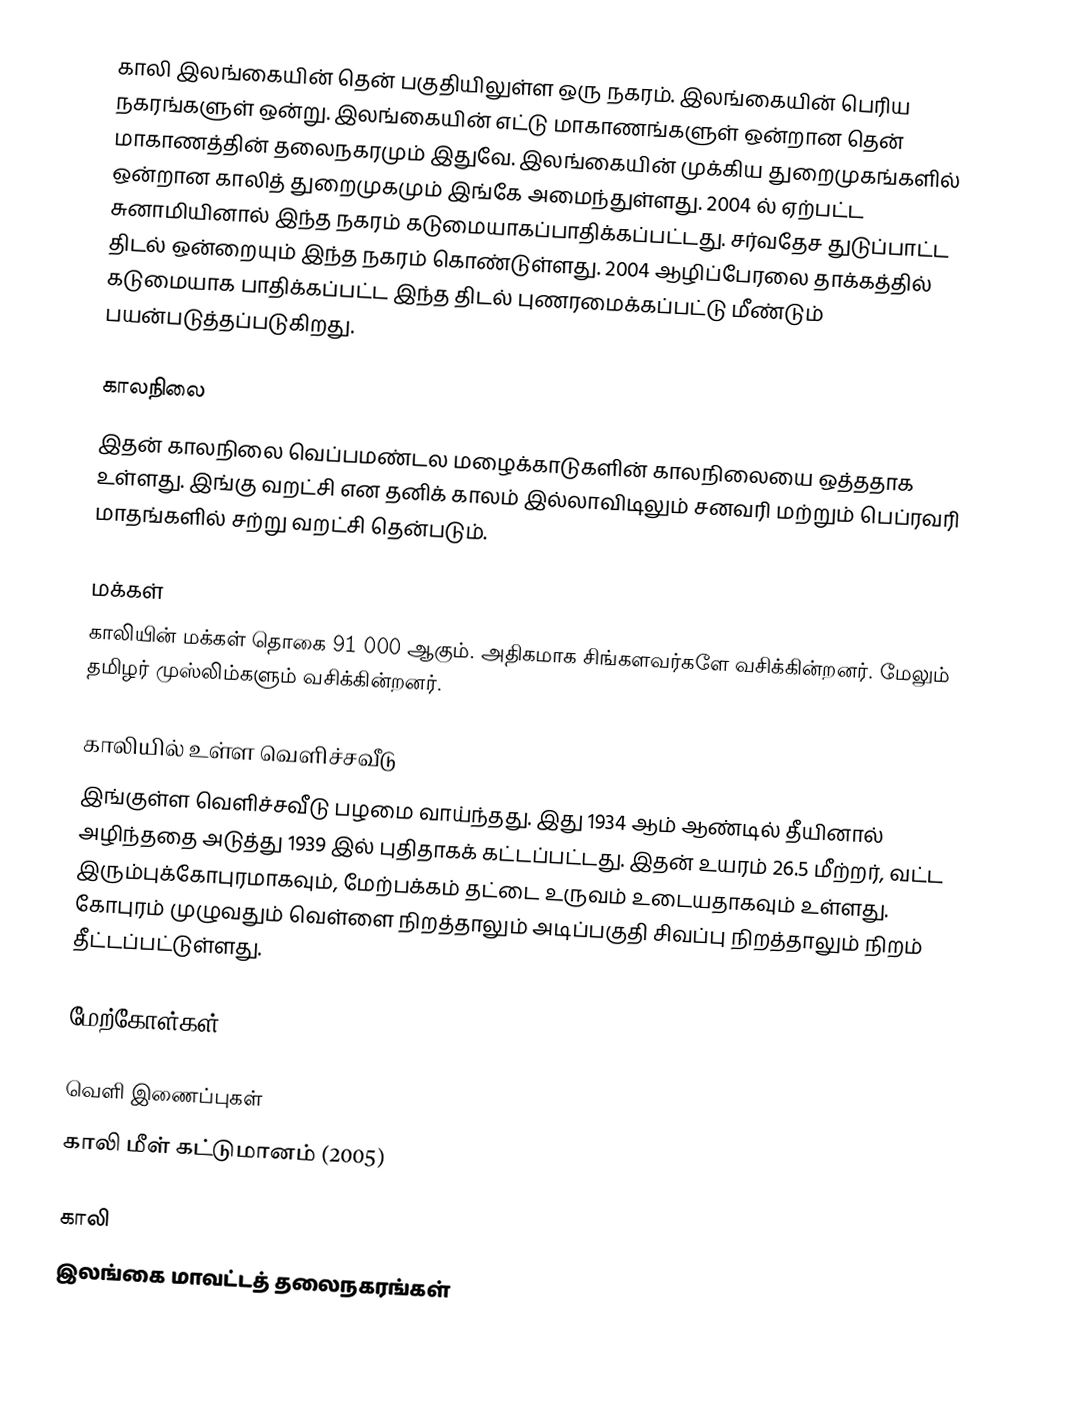
காலி இலங்கையின் தென் பகுதியிலுள்ள ஒரு நகரம். இலங்கையின் பெரிய நகரங்களுள் ஒன்று. இலங்கையின் எட்டு மாகாணங்களுள் ஒன்றான தென் மாகாணத்தின் தலைநகரமும் இதுவே. இலங்கையின் முக்கிய துறைமுகங்களில் ஒன்றான காலித் துறைமுகமும் இங்கே அமைந்துள்ளது. 2004 ல் ஏற்பட்ட சுனாமியினால் இந்த நகரம் கடுமையாகப்பாதிக்கப்பட்டது. சர்வதேச துடுப்பாட்ட திடல் ஒன்றையும் இந்த நகரம் கொண்டுள்ளது. 2004 ஆழிப்பேரலை தாக்கத்தில் கடுமையாக பாதிக்கப்பட்ட இந்த திடல் புணரமைக்கப்பட்டு மீண்டும் பயன்படுத்தப்படுகிறது.

காலநிலை
இதன் காலநிலை வெப்பமண்டல மழைக்காடுகளின் காலநிலையை ஒத்ததாக உள்ளது. இங்கு வறட்சி என தனிக் காலம் இல்லாவிடிலும் சனவரி மற்றும் பெப்ரவரி மாதங்களில் சற்று வறட்சி தென்படும்.

மக்கள்
காலியின் மக்கள் தொகை  91 000 ஆகும். அதிகமாக சிங்களவர்களே வசிக்கின்றனர். மேலும் தமிழர் முஸ்லிம்களும் வசிக்கின்றனர்.

காலியில் உள்ள வெளிச்சவீடு
இங்குள்ள வெளிச்சவீடு பழமை வாய்ந்தது. இது 1934 ஆம் ஆண்டில் தீயினால் அழிந்ததை அடுத்து 1939 இல் புதிதாகக் கட்டப்பட்டது. இதன் உயரம் 26.5 மீற்றர், வட்ட இரும்புக்கோபுரமாகவும், மேற்பக்கம் தட்டை உருவம் உடையதாகவும் உள்ளது. கோபுரம் முழுவதும் வெள்ளை நிறத்தாலும் அடிப்பகுதி சிவப்பு நிறத்தாலும் நிறம் தீட்டப்பட்டுள்ளது.

மேற்கோள்கள்

வெளி இணைப்புகள்
காலி மீள் கட்டுமானம் (2005)

காலி
இலங்கை மாவட்டத் தலைநகரங்கள்